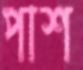
পাশ